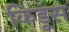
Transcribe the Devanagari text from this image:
किडूंस